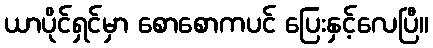
ယာပိုင်ရှင်မှာ စောစောကပင် ပြေးနှင့်လေပြီ။